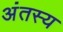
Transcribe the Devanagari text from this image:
अंतस्य